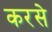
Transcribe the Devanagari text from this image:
करसे